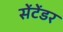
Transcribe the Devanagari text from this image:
सेंटेंडर